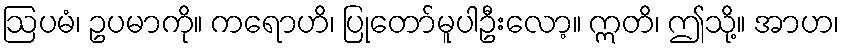
ဩပမံ၊ ဥပမာကို။ ကရောဟိ၊ ပြုတော်မူပါဦးလော့။ ဣတိ၊ ဤသို့။ အာဟ၊